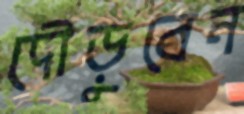
দৌড়ুবেন